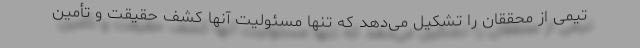
تیمی از محققان را تشکیل می‌دهد که تنها مسئولیت آنها کشف حقیقت و تأمین